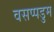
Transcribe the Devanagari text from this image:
वसप्पडुम